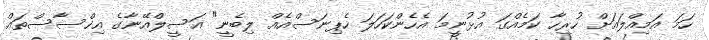
ހަމަ އަމިއްލައަށް ހުރިހާ ކަމެއްގަ އުޅުނީމަ އެހެންކަހަލަ ހެޕިނަސްއެއް ލިބެނީ" އަސީލްއޭނާގެ އިޚްސާސްތައް